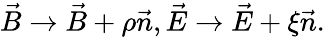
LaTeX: \begin{array}{c}{{\vec{B}\rightarrow\vec{B}+\rho\vec{n},\vec{E}\rightarrow\vec{E}+\xi\vec{n}.}}\end{array}